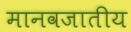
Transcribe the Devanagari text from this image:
मानवजातीय